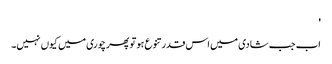
'
اب جب شادی میں اس قدر تنوع ہو تو پھر چوری میں کیوں نہیں۔